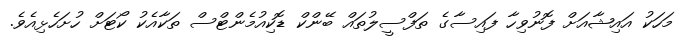
މަހަކު އައިޝާއަށް ފޮނުވިހާ ފައިސާގެ ތަފްސީލުތައް ބޭންކް ޑޮކިއުމެންޓްސް ތަކާއެކު ކޯޓަށް ހުށަހެޅިއެވެ.